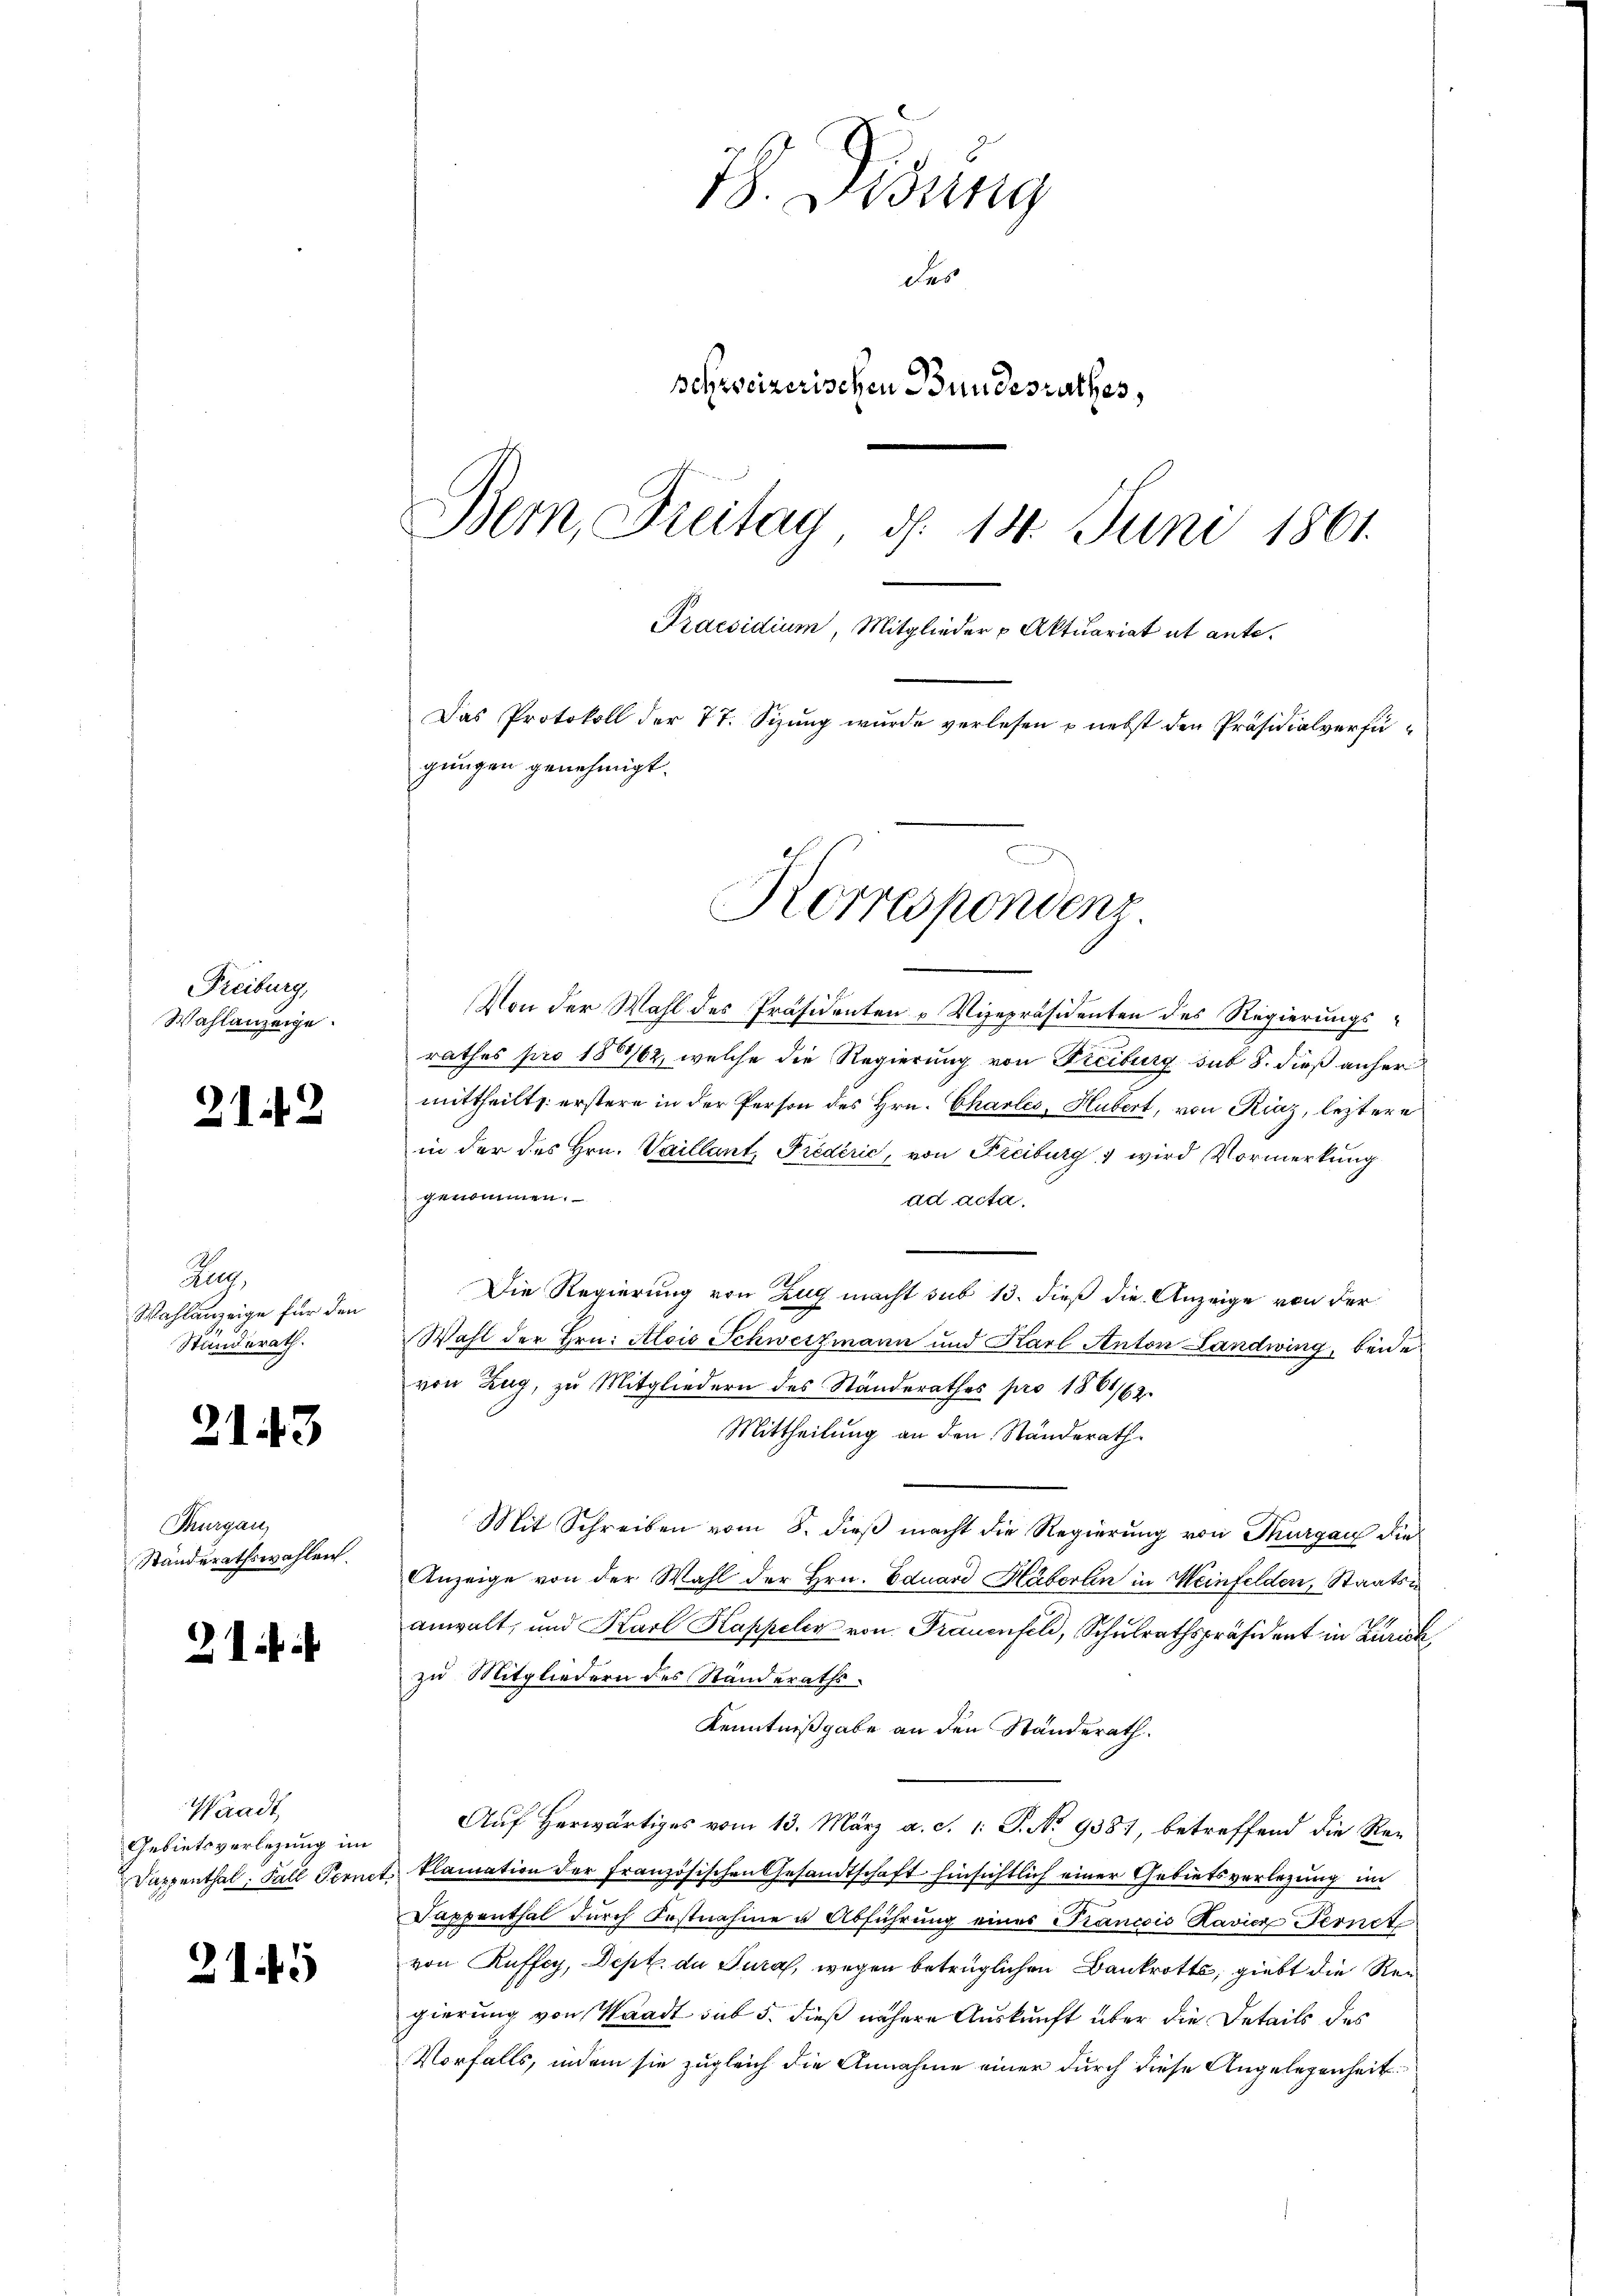
Freiburg,
Wahlanzeige

212

Zug,
Wahlanzeige für den
Standerath.

2143

Thurgau,
Ständerathswahlen.

21 f.

Waadt,
Gebietsverlegung im

215

18. Disung
des
schweizerischen Bundesrathes,
Bern, Freitag, d. 14. Juni 1861.
Praesidium, Mitglieder u Aktuariat ut ante.
Das Protokoll der 77. Sizung wurde verlesen & nebst den Präsidialverfügungen genehmigt.

Korrespondenz

Von der Wahl des Präsidenten „Vizepräsidenten des Regierungsrathes pro 1862, welche die Regierung von Freiburg sub 8. dieß anher
mittheilt, erstere in der Person des Hrn. Charlés, Hubert, von Riaz, letztere
in der des Hrn. Vaillant, Predérić, von Freiburg, & wird Vormerkung
genommen.
ad acta.
Die Regierung von Zug macht sub 13. dieß die Anzeige von der
Wahl der Hrn. Alois Schwerzmann und Karl Anton Landwing, beide
von Zug, zu Mitgliedern des Standerathes pro 1861/62.
Mittheilung an den Ständerath.
Mit Schreiben vom 8. dieß macht die Regierung von Thurgau die
Anzeige von der Wahl der Hrn. Eduard Häberlin in Meinfelden, Staatsanwalt, und Karl Kappeler von Frauenfeld, Schulrathspräsident in Zürich
zu Mitgliedern des Standeraths-
Kenntnißgabe an den Standerath.
Auf herwärtiges vom 13. März a. d. 1. P. No 9387, betreffend die Re¬
Sappenthal. Fall Peenet, klamation der Französischen Gesandtschaft hinsichtlich einer Gebietsverlegung im
4
Fappenthal dŭrch Festnahme u Abführung eines Trancois Ravier Fernet
von Ruffey, Dept. du Juras, wegen betrüglichen Bankrott, giebt die Regierung von Waadt sub 5. dieß nähere Auskunft über die Details des
Vorfalls, indem sie zugleich die Annahme einer durch diese Angelegenheit